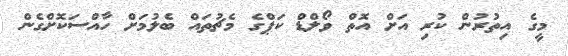
މީގެ އިތުރުން ކުރި އަށް އޮތް ވޯލްޑް ކަޕްގެ މެޗުތައް ބެލުމަށް ހާއްސަކޮށްގެން